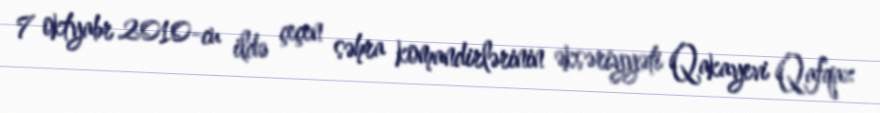
7 oktyabr 2010-cu ildə çeçen səhra komandirlərinin əksəriyyəti Qakayevi Qafqaz